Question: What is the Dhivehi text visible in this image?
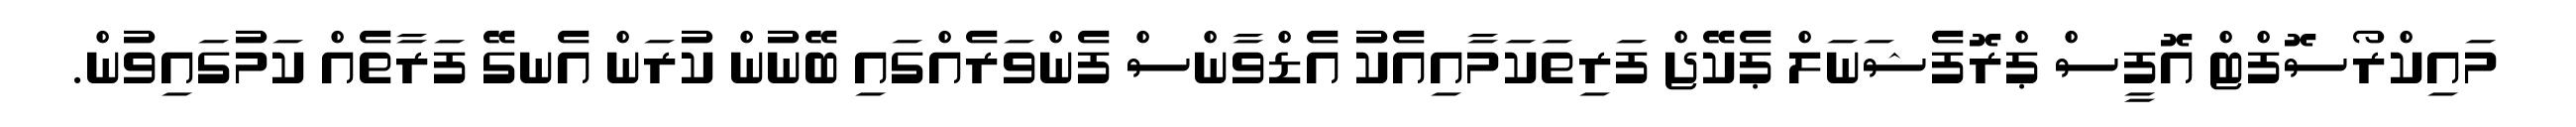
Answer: މައިކްރޯސޮފްޓް އޮފީސް ޕްރޮފެޝަނަލް ޕެކޭޖް ފަރިތަކަމާއިއެކު އެޑްވާންސް ފެންވަރެއްގައި ބޭނުން ކުރަން އެނގޭ ފަރާތެއް ކަމުގައިވުން.